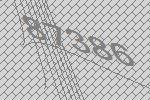
87386